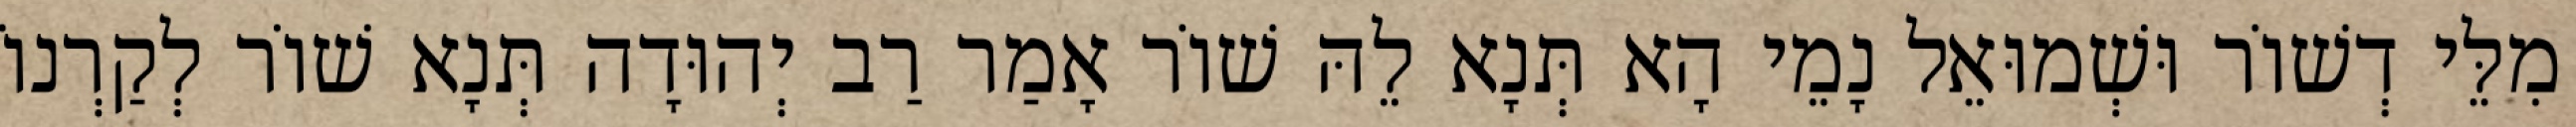
מִלֵּי דְשׁוֹר וּשְׁמוּאֵל נָמֵי הָא תְּנָא לֵהּ שׁוֹר אָמַר רַב יְהוּדָה תְּנָא שׁוֹר לְקַרְנוֹ